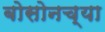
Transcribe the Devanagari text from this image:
बोसोनच्या